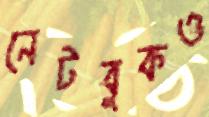
নেটবুকও